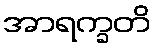
အာရက္ခတိ